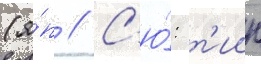
(я́п // С'ю́: т'иин